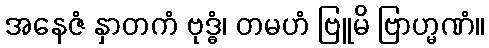
အနေဇံ နှာတကံ ဗုဒ္ဓံ၊ တမဟံ ဗြူမိ ဗြာဟ္မဏံ။